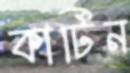
কার্টিন